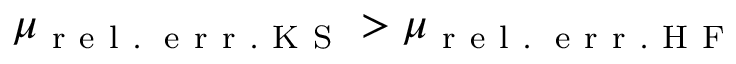
\mu _ { \mathrm { ~ r ~ e ~ l ~ . ~ \! ~ e ~ r ~ r ~ . ~ K ~ S ~ } } > \mu _ { \mathrm { ~ r ~ e ~ l ~ . ~ \! ~ e ~ r ~ r ~ . ~ H ~ F ~ } }